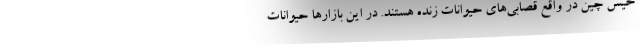
خیس چین در واقع قصابی‌های حیوانات زنده هستند. در این بازارها حیوانات